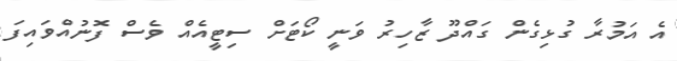
އެ އަމުރާ ގުޅިގެން ގައްދޫ ޒާހިރު ވަނީ ކޯޓަށް ސިޓީއެއް ވެސް ފޮނުއްވައިފަ